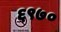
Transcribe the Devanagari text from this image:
६९७०